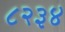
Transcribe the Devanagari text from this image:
८२३४